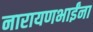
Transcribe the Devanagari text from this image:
नारायणभाईंना